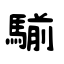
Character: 騚